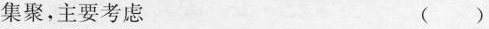
集聚，主要考虑（）